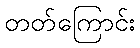
တတ်ကြောင်း